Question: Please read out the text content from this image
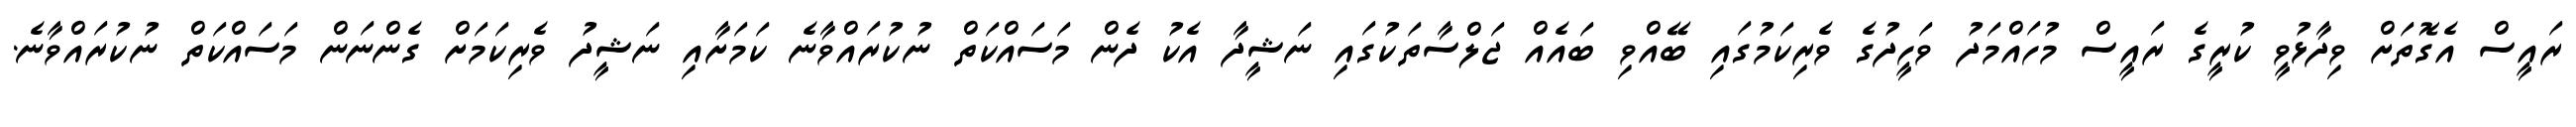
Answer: ރައީސް އެގޮތަށް ވިދާޅުވީ ކުރީގެ ރައީސް މުހައްމަދު ވަހީދުގެ ވެރިކަމުގައި ބޭއްވި ބައެއް ޖަލްސާތަކުގައި ނަޝީދާ އެކު ދެން މަސައްކަތް ނުކުރައްވާނެ ކަމަށާއި ނަޝީދު ވެރިކަމަށް ގެންނަން މަސައްކަތް ނުކުރައްވާނެ.